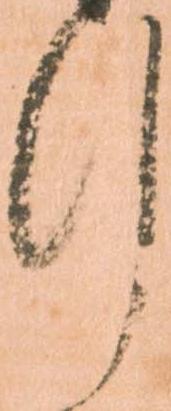
行